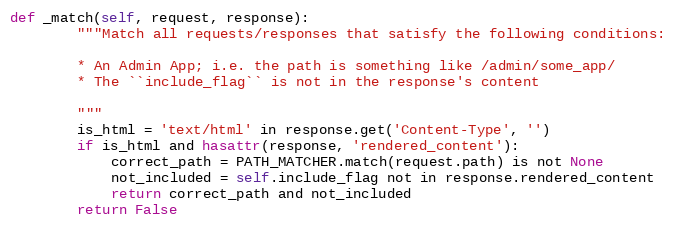
Language: Python
def _match(self, request, response):
        """Match all requests/responses that satisfy the following conditions:

        * An Admin App; i.e. the path is something like /admin/some_app/
        * The ``include_flag`` is not in the response's content

        """
        is_html = 'text/html' in response.get('Content-Type', '')
        if is_html and hasattr(response, 'rendered_content'):
            correct_path = PATH_MATCHER.match(request.path) is not None
            not_included = self.include_flag not in response.rendered_content
            return correct_path and not_included
        return False